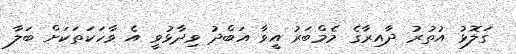
ގަލޮޅު އުތުރު ދާއިރާގެ މެމްބަރު އީވާ އަބްދު ވިދާޅުވީ އެ ވާހަކަތަކަށް ބަލާ